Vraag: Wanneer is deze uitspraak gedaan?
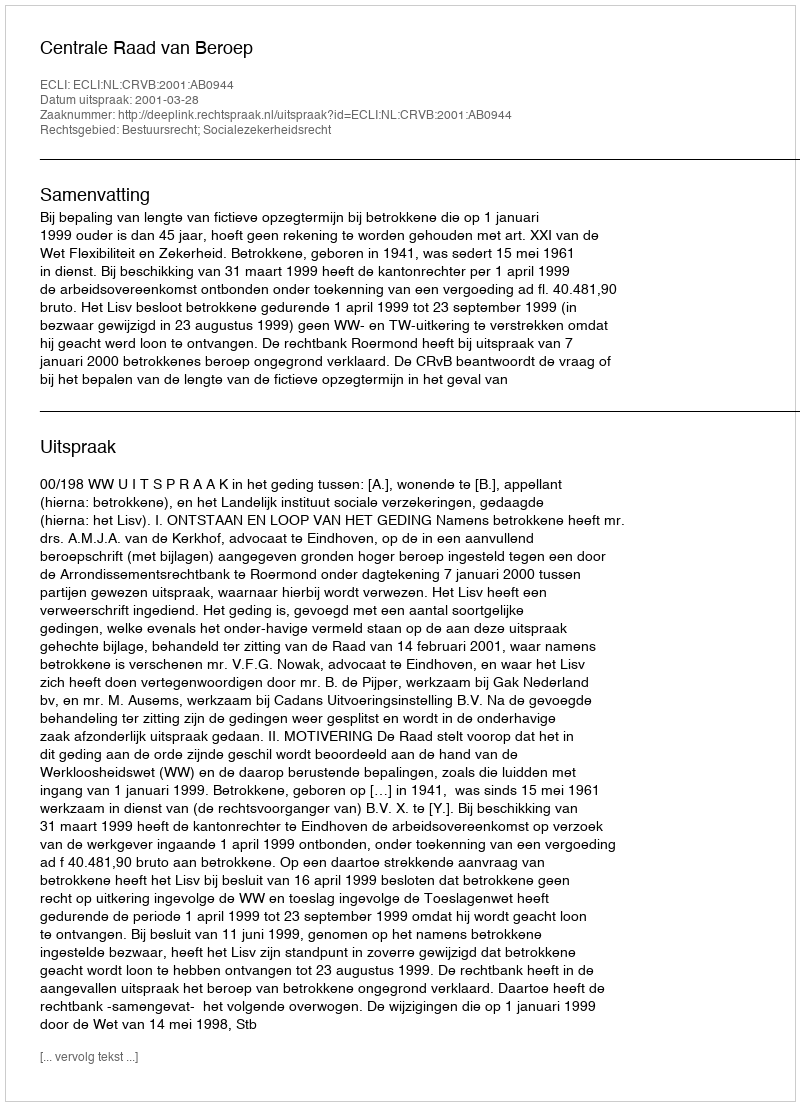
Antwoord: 2001-03-28